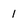
Character: 1